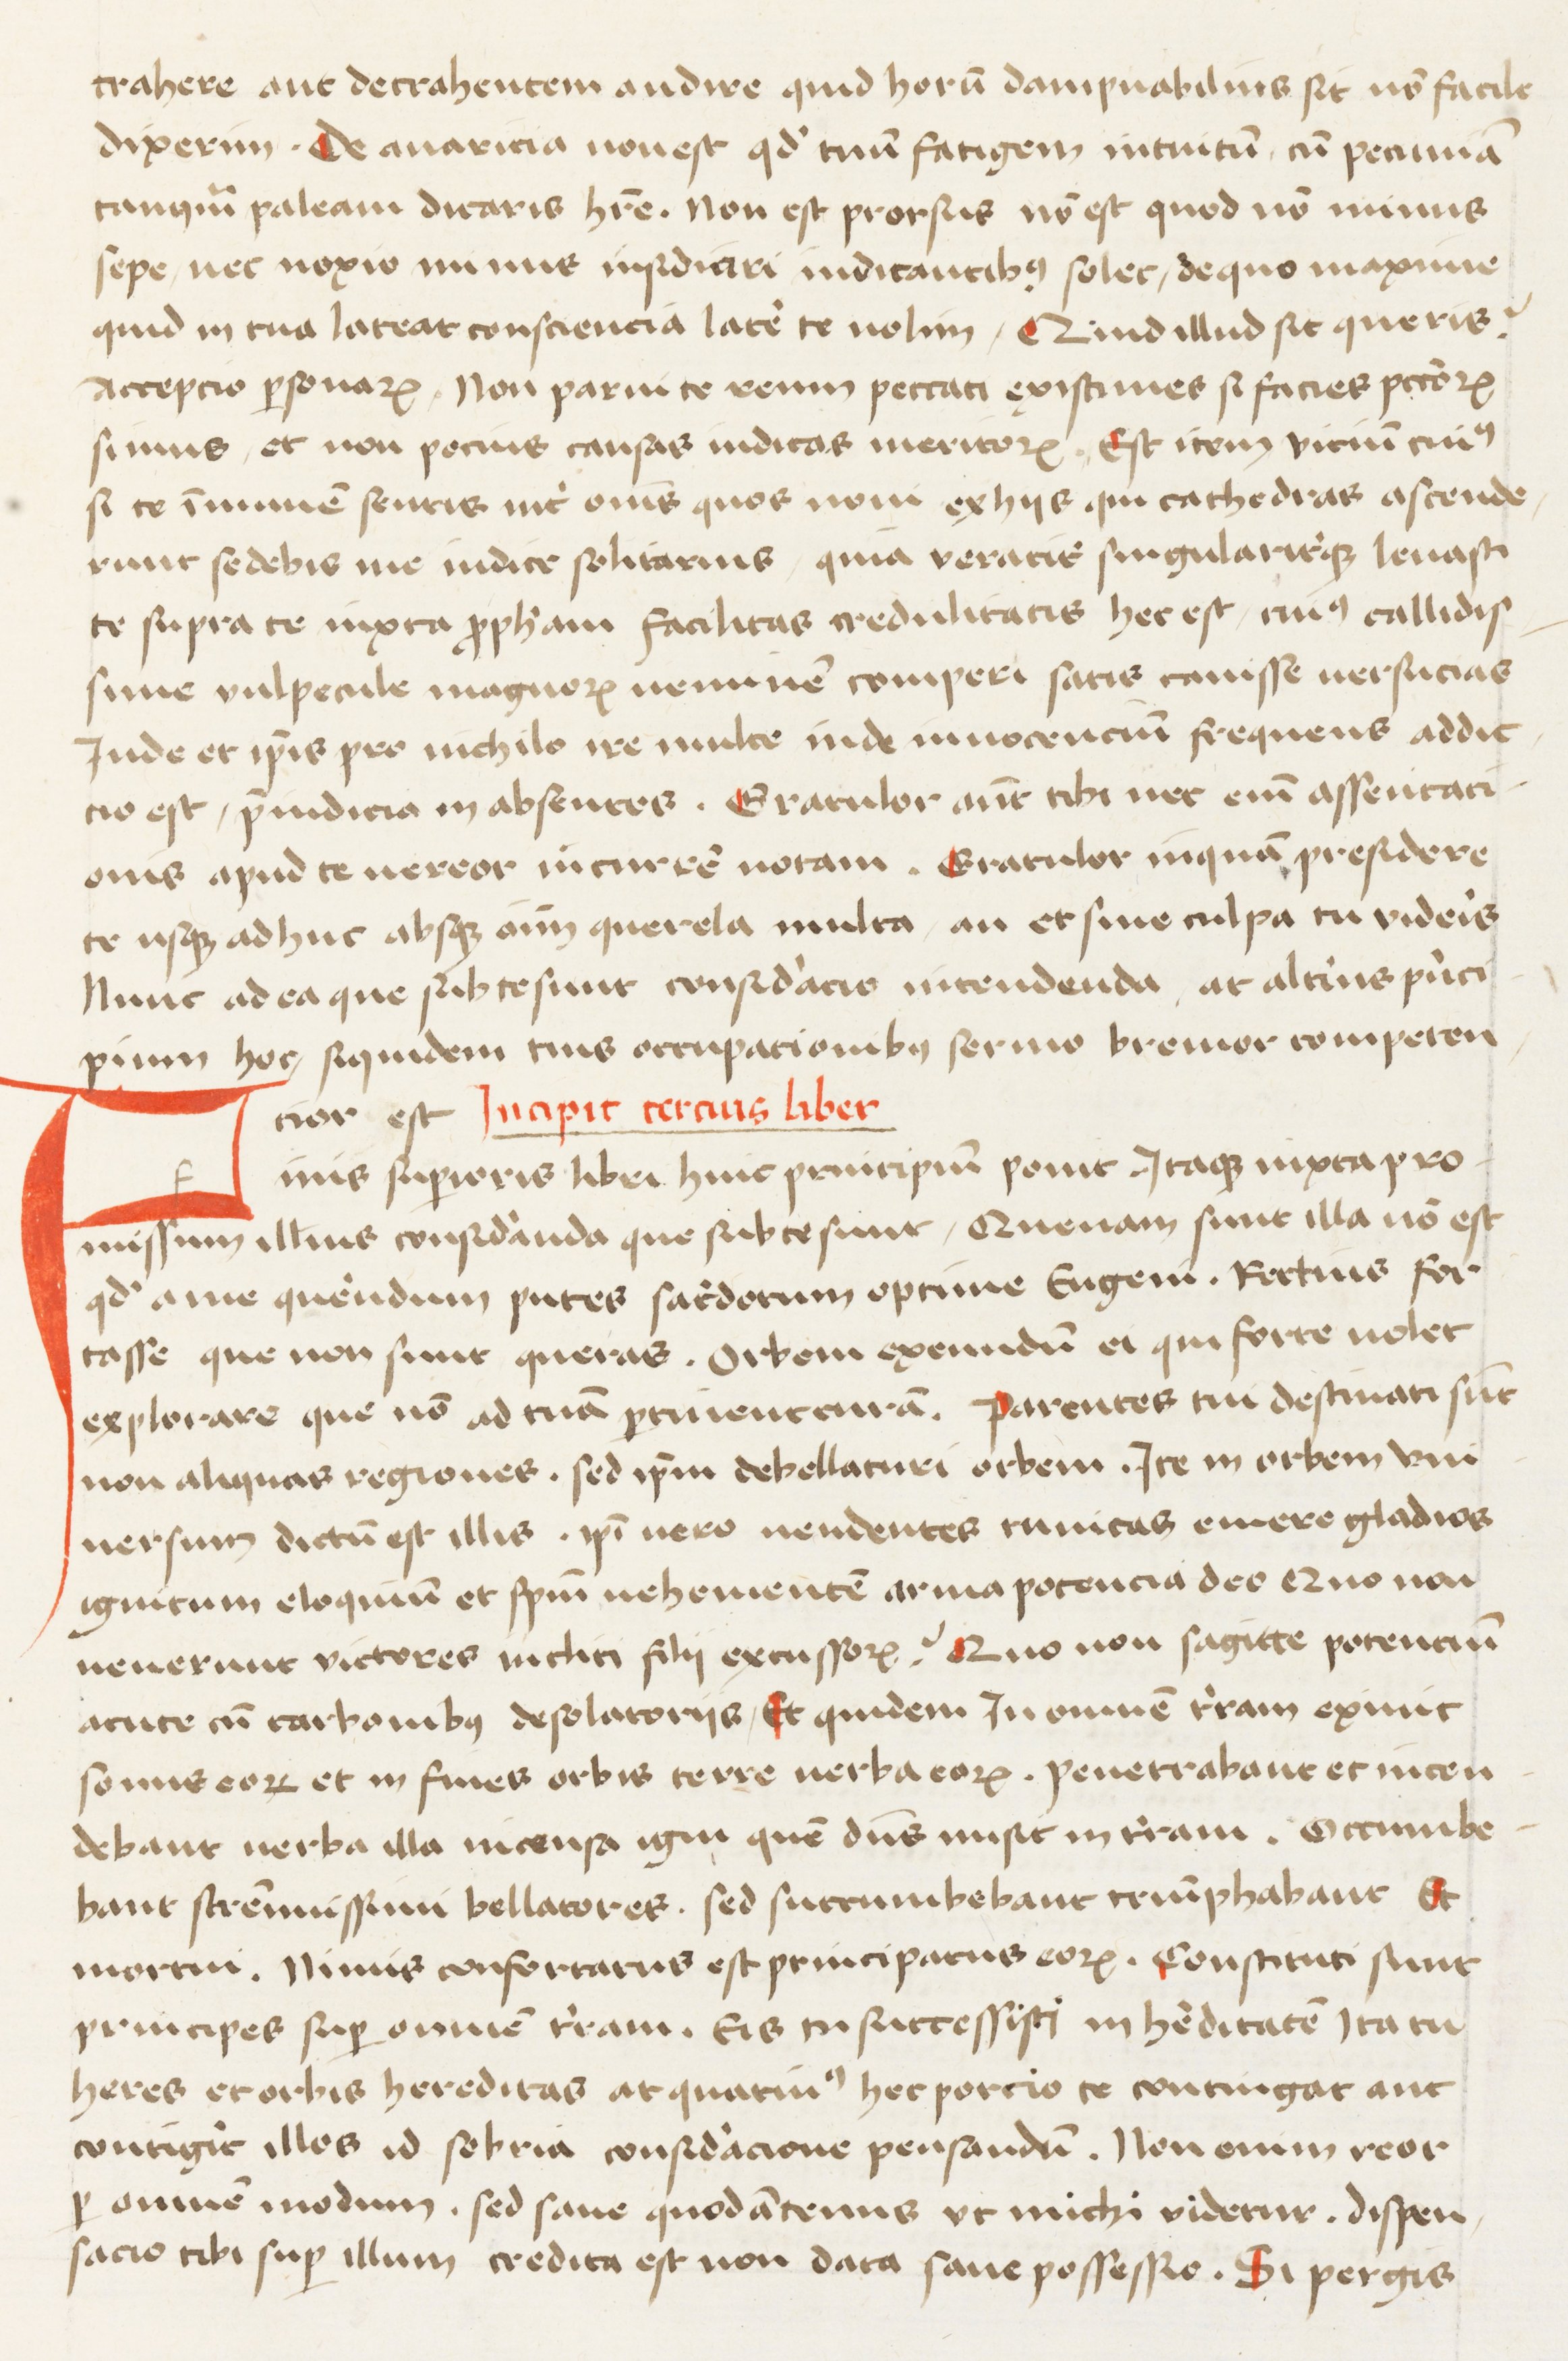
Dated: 1400–1599